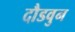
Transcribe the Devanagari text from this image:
दौडवुन